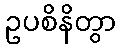
ဥပစိနိတွာ